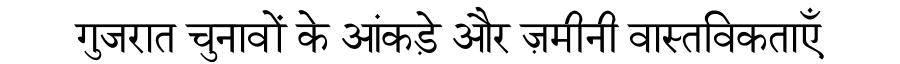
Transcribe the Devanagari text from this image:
गुजरात चुनावों के आंकड़े और ज़मीनी वास्तविकताएँ